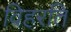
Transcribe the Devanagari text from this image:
विहरति